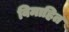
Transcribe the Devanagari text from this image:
विमाहित